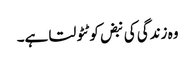
وہ زندگی کی نبض کو ٹٹولتا ہے۔